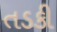
તડકી